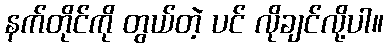
နက်တိုင်ကို တွယ်တဲ့ ပင် လိုချင်လို့ပါ။